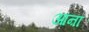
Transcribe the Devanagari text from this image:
आऩा